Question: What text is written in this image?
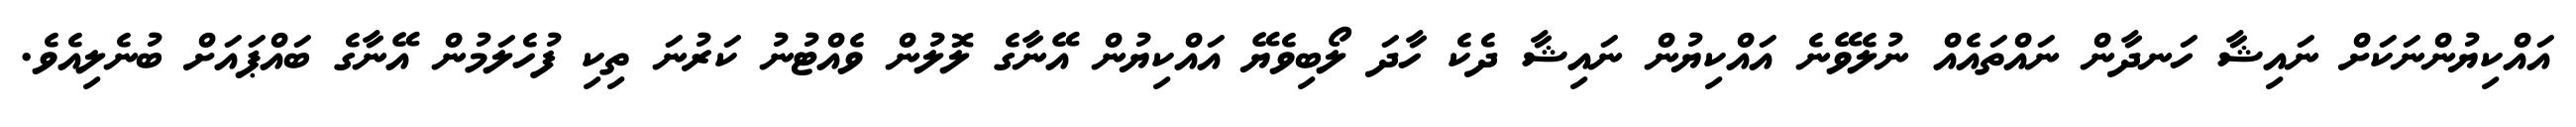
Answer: އައްކިޔުންނަކަށް ނައިޝާ ހަނދާން ނައްތައެއް ނުލެވޭނެ އައްކިޔުން ނައިޝާ ދެކެ ހާދަ ލޯބިވެޔޭ އައްކިޔުން އޭނާގެ ލޮލުން ވެއްޓުނު ކަރުނަ ތިކި ފުހެލަމުން އޭނާގެ ބައްޕައަށް ބުނެލިއެވެ.